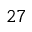
2 7